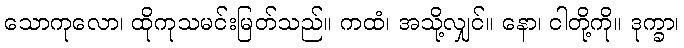
သောကုလော၊ ထိုကုသမင်းမြတ်သည်။ ကထံ၊ အသို့လျှင်။ နော၊ ငါတို့ကို။ ဒုက္ခာ၊